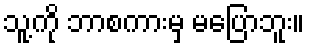
သူ့ကို ဘာစကားမှ မပြောဘူး။